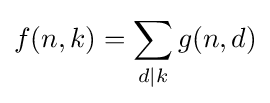
f(n,k)=\sum _{d\mid k}g(n,d)